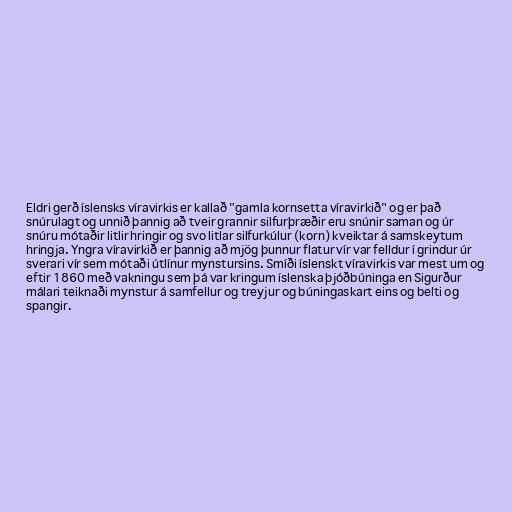
Eldri gerð íslensks víravirkis er kallað "gamla kornsetta víravirkið" og er það
snúrulagt og unnið þannig að tveir grannir silfurþræðir eru snúnir saman og úr
snúru mótaðir litlir hringir og svo litlar silfurkúlur (korn) kveiktar á samskeytum
hringja. Yngra víravirkið er þannig að mjög þunnur flatur vír var felldur í grindur úr
sverari vír sem mótaði útlínur mynstursins. Smíði íslenskt víravirkis var mest um og
eftir 1860 með vakningu sem þá var kringum íslenska þjóðbúninga en Sigurður
málari teiknaði mynstur á samfellur og treyjur og búningaskart eins og belti og
spangir.